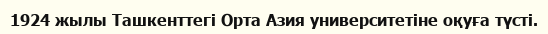
1924 жылы Ташкенттегі Орта Азия университетіне оқуға түсті.